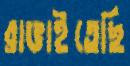
রাঙাইতেছি